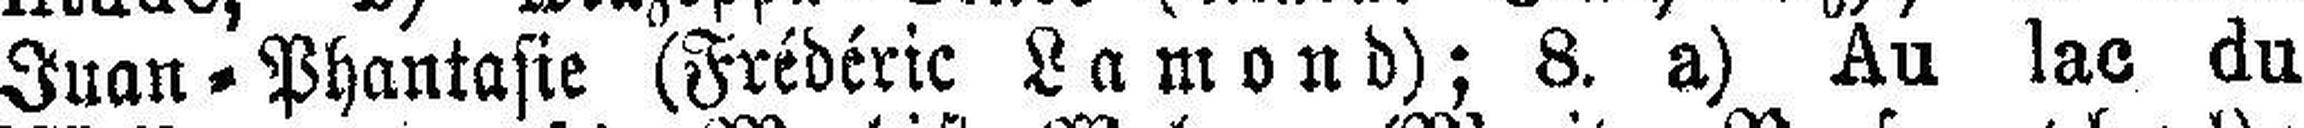
Juan - Phantasie (Frédéric Lamond); 8. a) Au lac du